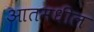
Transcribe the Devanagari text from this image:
आतमधील